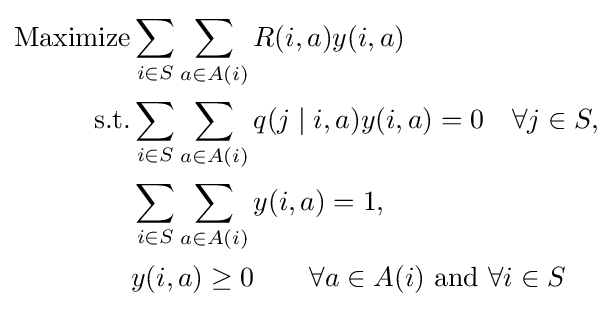
{\begin{aligned}{\text{Maximize}}&\sum _{i\in S}\sum _{a\in A(i)}R(i,a)y(i,a)\\{\text{s.t.}}&\sum _{i\in S}\sum _{a\in A(i)}q(j\mid i,a)y(i,a)=0\quad \forall j\in S,\\&\sum _{i\in S}\sum _{a\in A(i)}y(i,a)=1,\\&y(i,a)\geq 0\qquad \forall a\in A(i){\text{ and }}\forall i\in S\end{aligned}}